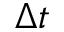
\Delta t